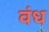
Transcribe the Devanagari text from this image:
वंध